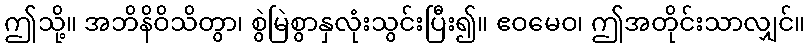
ဤသို့။ အဘိနိဝိသိတွာ၊ စွဲမြဲစွာနှလုံးသွင်းပြီး၍။ ဧဝမေဝ၊ ဤအတိုင်းသာလျှင်။